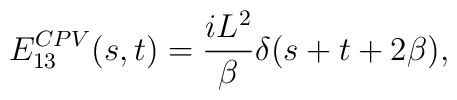
E^{CPV}_{13}(s,t)={{iL^2}\over {\beta}}\delta(s+t+2\beta),